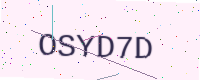
Text: OSYD7D